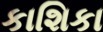
કાશિકા